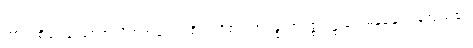
ကာယစိတ္တာနံ၊ စေတသိက်အပေါင်းစိတ်တို့၏။ အဒန္ဓတာပစ္စုပဋ္ဌာနာ၊ မနုံ့နှေးကုန်သည်၏